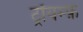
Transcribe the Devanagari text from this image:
ट्रॉयम्फ़